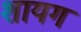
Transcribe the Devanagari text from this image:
शायग